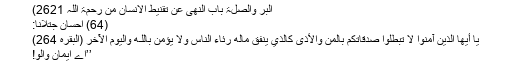
البر والصلۃ باب النھی عن تقنیط الانسان من رحمۃ اللہ 2621)
(64) احسان جتلانا:
يَا أَيُّهَا الَّذِينَ آمَنُوا لَا تُبْطِلُوا صَدَقَاتِكُم بِالْمَنِّ وَالْأَذَىٰ كَالَّذِي يُنفِقُ مَالَهُ رِئَاءَ النَّاسِ وَلَا يُؤْمِنُ بِاللَّـهِ وَالْيَوْمِ الْآخِرِ (البقرہ 264)
’’اے ایمان والو!